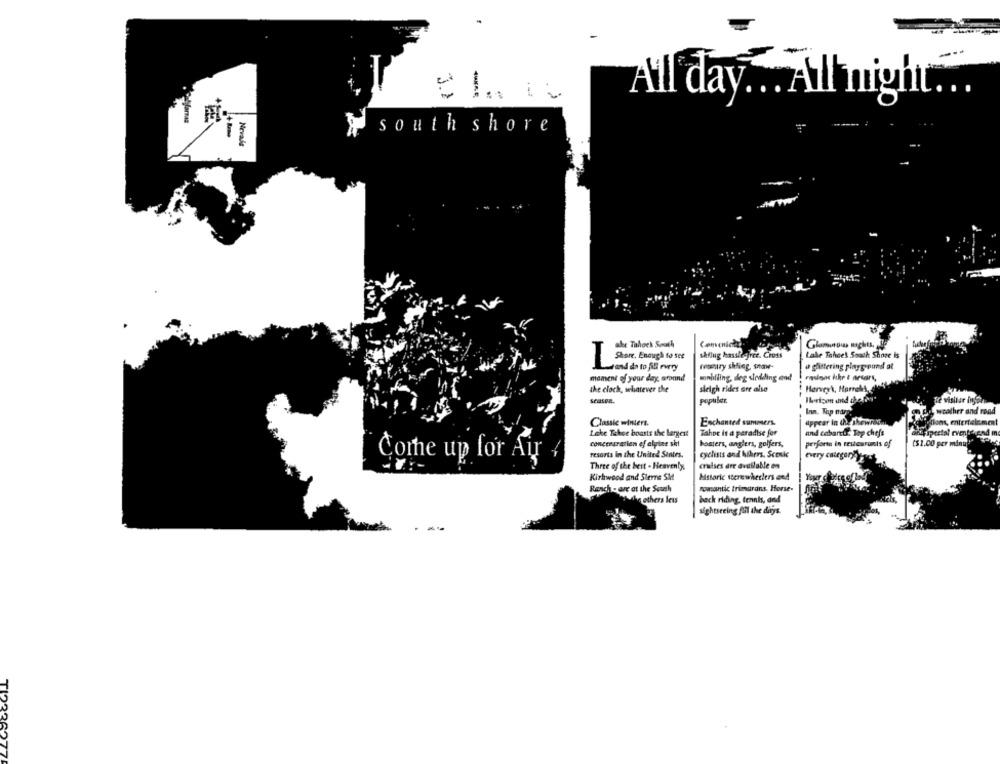
All day .. . All night ...
south shore
Nevais
ale Tahock South
Comenich
shilug hassle free. Cross
Lake Tahcel South Shore Is
matry shfiag, snar-
a gåttering playground at
vand dn to fill every
mament of your day, around
minhlling, deg wirdlding end
the clock, whatever the
sleigh rides are also
Harvey\, Harrell,
season.
populer
Inn. Top tharp
pol weather and rond
Appear in the showroo.
Classic winters.
Enchanted summers.
Leke Tekee boasts the largest
Tahoe it a paradise for
and cabaretr. Top chefs
concenararien of alpine ski
boaters, anglers, golfers,
perform in restaurants of
($1.00 per minu"""
resorts in the United Sentes.
cyclists and Athers. Sconke
every category
Come up for Air
Three of the best - Heavenly
cruises are available on
Kirkwood and Sterne Sit
historic tterewheelers end
Rench - are at the South
romantic trimarans. Horse-
while others less
back riding, tennis, and
sightseeing fühl the days.
TI22